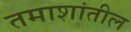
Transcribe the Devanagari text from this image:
तमाशांतील